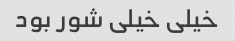
خیلی خیلی شور بود